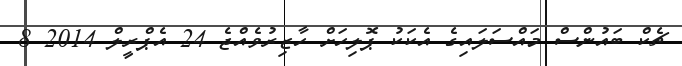
ޗެކް ބައުންސް މައްސަލައިގެ އެކަކު ޕޮލިހަށް ހާޒިރުވެއްޖެ 24 އެޕްރީލް 2014 8